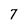
Character: 7